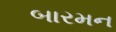
બારમન